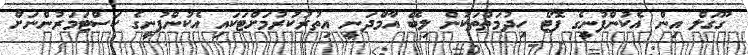
ގޫގަލް އިން އެކުންފުނީގެ ފޮޓޯ ހިދުމަތްތަކުން ލިބޭ އާމްދަނީ އިތުރުކުރުމަށްޓަކައި އެކުންފުނީގެ ކަސްޓަމަރުންނަށް